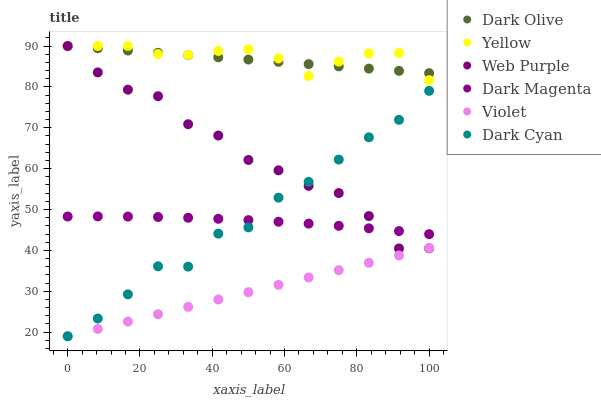
| xaxis_label | Dark Olive | Yellow | Web Purple | Dark Magenta | Violet | Dark Cyan |
 | --- | --- | --- | --- | --- | --- | --- |
 | 0 | 90 | 90 | 90 | 48.3 | 19 | 19 |
 | 8.33 | 89.4 | 90 | 83.5 | 48.3 | 20.8 | 23.3 |
 | 16.7 | 88.9 | 90 | 79.3 | 48.3 | 22.6 | 29.2 |
 | 25 | 88.3 | 88 | 77.7 | 48.2 | 24.4 | 36.1 |
 | 33.3 | 87.8 | 87.8 | 70.9 | 48 | 26.2 | 36 |
 | 41.7 | 87.2 | 88.8 | 68.1 | 47.7 | 28 | 44.1 |
 | 50 | 86.7 | 89.2 | 62.1 | 47.4 | 29.8 | 45.6 |
 | 58.3 | 86.1 | 87 | 59.6 | 47 | 31.6 | 52.9 |
 | 66.7 | 85.6 | 82.7 | 55.8 | 46.5 | 33.4 | 56.8 |
 | 75 | 85 | 86.2 | 54 | 46 | 35.2 | 62.2 |
 | 83.3 | 84.5 | 88.2 | 48.4 | 45.4 | 37 | 67.7 |
 | 91.7 | 83.9 | 88.3 | 40.5 | 44.7 | 38.8 | 71.9 |
 | 100 | 83.4 | 81.7 | 40.5 | 44 | 40.6 | 79 |